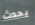
يحدث